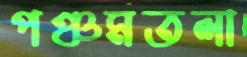
পঞ্চমতলা